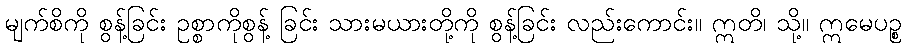
မျက်စိကို စွန့်ခြင်း ဥစ္စာကိုစွန့် ခြင်း သားမယားတို့ကို စွန့်ခြင်း လည်းကောင်း။ ဣတိ၊ သို့။ ဣမေပဉ္စ